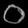
Digit: ၀